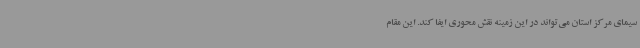
سیمای مرکز استان می‌تواند در این زمینه نقش محوری ایفا کند. این مقام